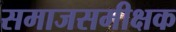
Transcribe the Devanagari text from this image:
समाजसमीक्षक